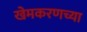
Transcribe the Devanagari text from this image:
खेमकरणच्या